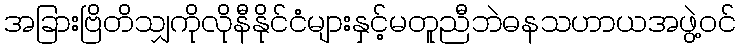
အခြားဗြိတိသျှကိုလိုနီနိုင်ငံများနှင့်မတူညီဘဲဓနသဟာယအဖွဲ့ဝင်